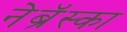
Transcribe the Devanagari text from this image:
नेब्रॅस्का